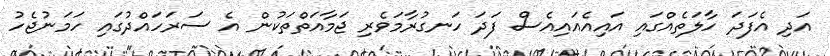
އަދި އެފަދަ ހާލަތެއްގައި އައިއެއައިއެސް ފަދަ ހަނގުރާމަވެރި ޖަމާއަތްތަކުން އެ ސަރަހައްދުގައި ހަމަނުޖެހު